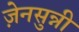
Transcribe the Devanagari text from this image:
ज़ेनसुन्नी